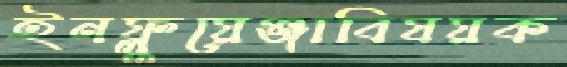
ইনফ্লুয়েঞ্জাবিষয়ক